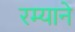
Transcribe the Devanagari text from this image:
रम्याने